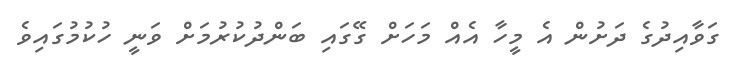
ގަވާއިދުގެ ދަށުން އެ މީހާ އެއް މަހަށް ގޭގައި ބަންދުކުރުމަށް ވަނީ ހުކުމުގައިވެ